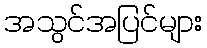
အသွင်အပြင်များ